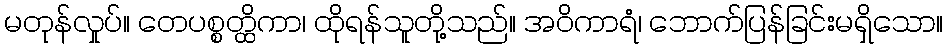
မတုန်လှုပ်။ တေပစ္စတ္ထိကာ၊ ထိုရန်သူတို့သည်။ အဝိကာရံ၊ ဘောက်ပြန်ခြင်းမရှိသော။